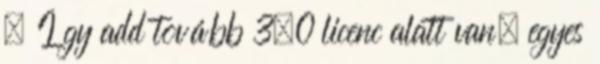
– Így add tovább 3.0 licenc alatt van; egyes